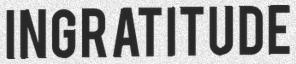
INGRATITUDE